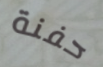
حفنة